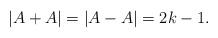
LaTeX: \begin{align*} |A+A| = |A-A| = 2k-1.\end{align*}